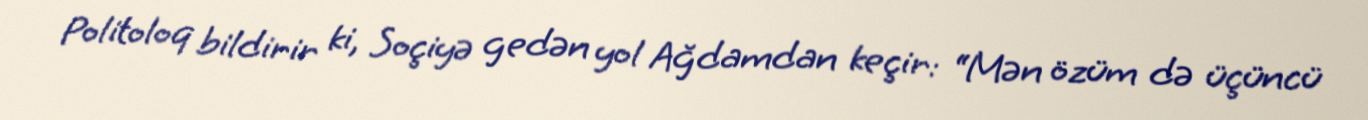
Politoloq bildirir ki, Soçiyə gedən yol Ağdamdan keçir: “Mən özüm də üçüncü